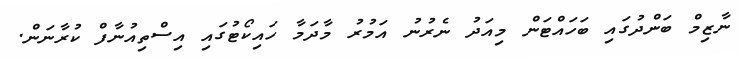
ނާޒިމް ބަންދުގައި ބަހައްޓަން މިއަދު ނެރުނު އަމުރު މާދަމާ ހައިކޯޓުގައި އިސްތިއުނާފް ކުރާނަން.